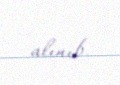
alınıb.